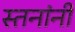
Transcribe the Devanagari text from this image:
स्तनांनी